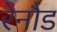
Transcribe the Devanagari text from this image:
रेनौड